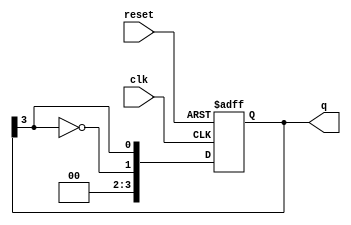
module johnson_counter #(
    parameter N = 4  // Number of flip-flops
)(
    input wire clk,        // Clock input
    input wire reset,      // Asynchronous reset input
    output reg [N-1:0] q   // Output of the counter
);

    // Always block triggered on the rising edge of the clock or the reset signal
    always @(posedge clk or posedge reset) begin
        if (reset) begin
            // Asynchronous reset: set all outputs to 0
            q <= 0;
        end else begin
            // Johnson counter logic: shift and feedback
            q <= {~q[N-1], q[N-1:N-1]};  // Shift and feedback the inverted last output
        end
    end

endmodule